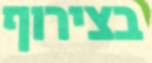
בצירוף